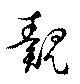
覿